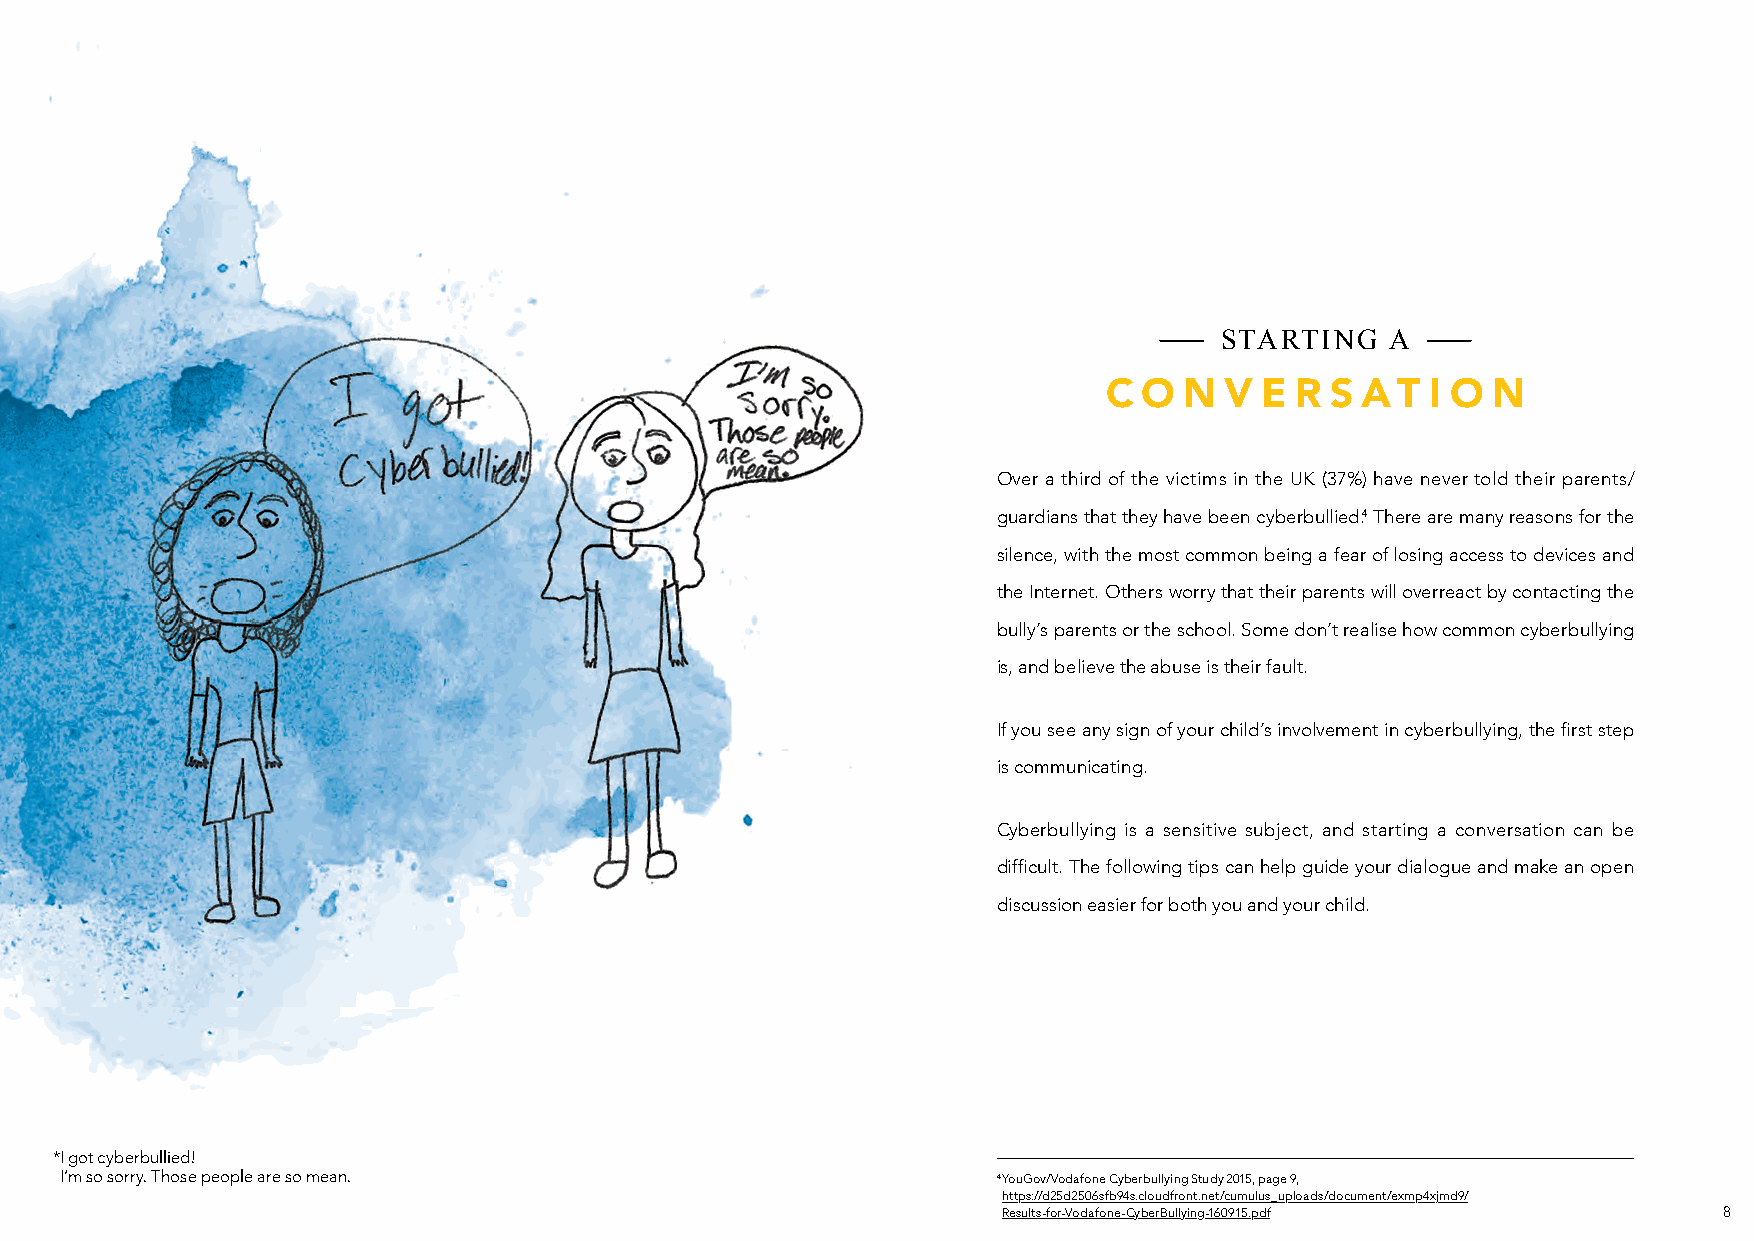
STARTING   A
 C  O N  V  E R S AT   I O N
 Over a third of the victims in the UK (37%) have never told their parents/
 guardians that they have been cyberbullied.4 There are many reasons for the
 silence, with the most common being a fear of losing access to devices and
 the Internet. Others worry that their parents will overreact by contacting the
 bully’s parents or the school. Some don’t realise how common cyberbullying
 is, and believe the abuse is their fault.
 If you see any sign of your child’s involvement in cyberbullying, the first step
 is communicating.
 Cyberbullying is a sensitive subject, and starting a conversation can be
 difficult. The following tips can help guide your dialogue and make an open
 discussion easier for both you and your child.
 * I got cyberbullied!
 I’m so sorry. Those people are so mean.                       4 Y ouGov/Vodafone Cyberbullying Study 2015, page 9,
 https://d25d2506sfb94s.cloudfront.net/cumulus_uploads/document/exmp4xjmd9/
 Results-for-Vodafone-CyberBullying-160915.pdf   8